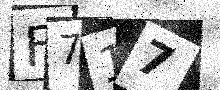
Text: F717